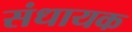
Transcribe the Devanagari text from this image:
संधायक